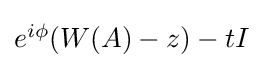
{\textstyle e^{i\phi }(W(A)-z)-tI}